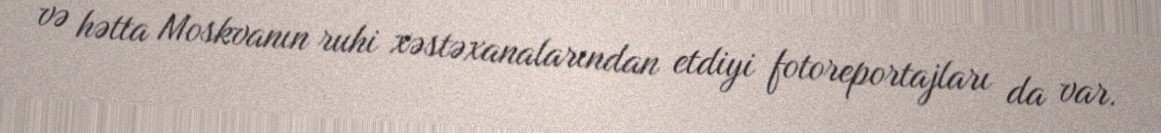
və hətta Moskvanın ruhi xəstəxanalarından etdiyi fotoreportajları da var.